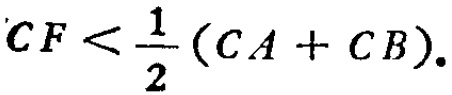
\(CF < \frac{1}{2}(CA + CB).\)